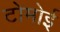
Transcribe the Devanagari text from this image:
टोमोई